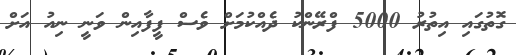
ގޮތުގައި އިތުރު 5000 ފްރޭންކު ދެއްކުމަށް ވެސް ފީފާއިން ވަނީ ނިއު އަށް